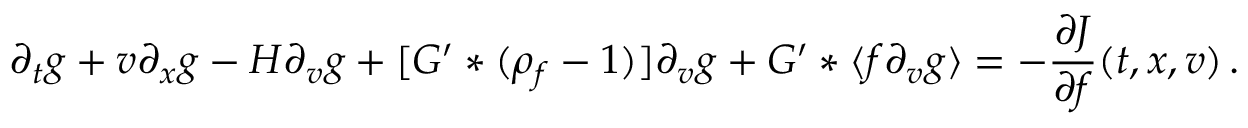
\partial _ { t } g + v \partial _ { x } g - H \partial _ { v } g + [ G ^ { \prime } \ast ( \rho _ { f } - 1 ) ] \partial _ { v } g + G ^ { \prime } \ast \langle f \partial _ { v } g \rangle = - \frac { \partial J } { \partial f } ( t , x , v ) \, .